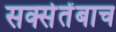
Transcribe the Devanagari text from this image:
सक्सेतेंबाच